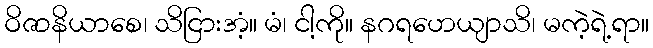
ဝိဇာနိယာစေ၊ သိငြားအံ့။ မံ၊ ငါ့ကို။ နဂရဟေယျာသိ၊ မကဲ့ရဲ့ရာ။